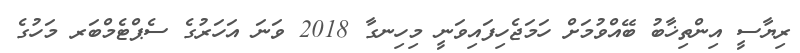
ރިޔާސީ އިންތިޚާބު ބޭއްވުމަށް ހަމަޖެހިފައިވަނީ މިހިނގާ 2018 ވަނަ އަހަރުގެ ސެޕްޓެމްބަރ މަހުގެ